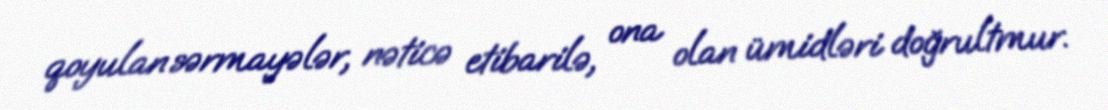
qoyulan sərmayələr, nəticə etibarilə, ona olan ümidləri doğrultmur.